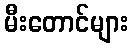
မီးတောင်များ